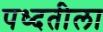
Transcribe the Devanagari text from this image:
पध्दतीला